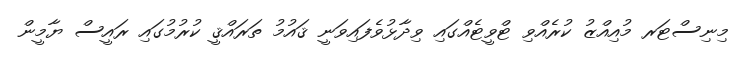
މިނިސްޓަރ މުއިއްޒު ކުރެއްވި ޓްވީޓެއްގައި ވިދާޅުވެފައިވަނީ ޤައުމު ތަރައްޤީ ކުރުމުގައި ރައީސް ޔާމީން